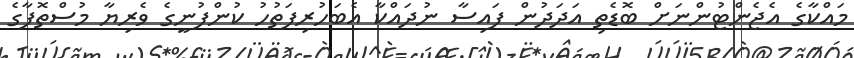
މައްކާގެ އެޖެންޓުންނަށް ބޮޑެތި އަދަދުން ފައިސާ ނުދައްކާ އެބަހުރިފަތުހު ކުންފުނީގެ ވެރިޔާ މުސްތޮފާގެ